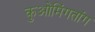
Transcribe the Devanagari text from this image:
कुओमिंगतांग